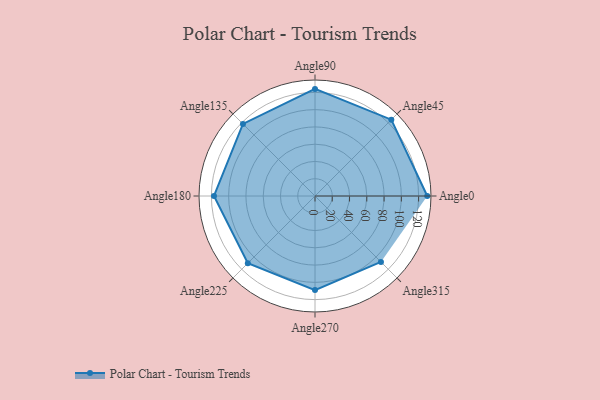
{"axis": {"x": "Angle", "y": "Radius"}, "legend": [""], "data": [{"x": "Angle0", "y": 130.0, "type": ""}, {"x": "Angle45", "y": 125.0, "type": ""}, {"x": "Angle90", "y": 124.0, "type": ""}, {"x": "Angle135", "y": 118.0, "type": ""}, {"x": "Angle180", "y": 117.0, "type": ""}, {"x": "Angle225", "y": 110.0, "type": ""}, {"x": "Angle270", "y": 109.0, "type": ""}, {"x": "Angle315", "y": 108.0, "type": ""}]}